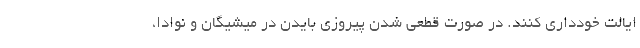
ایالت خودداری کنند. در صورت قطعی شدن پیروزی بایدن در میشیگان و نوادا،